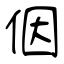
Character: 𪜶